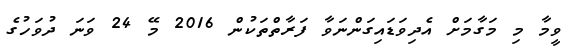
ވީމާ މި މަގާމަށް އެދިވަޑައިގަންނަވާ ފަރާތްތަކުން 2016 މޭ 24 ވަނަ ދުވަހުގެ